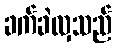
ခက်ခဲလှသည်